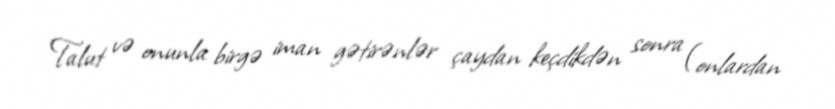
Talut və onunla birgə iman gətirənlər çaydan keçdikdən sonra (onlardan